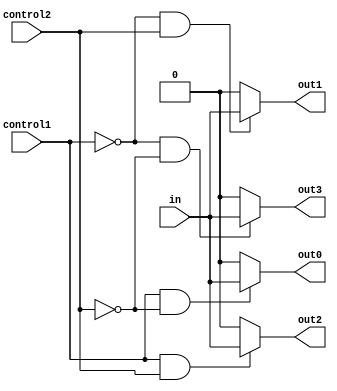
module demultiplexer(input in, input control1, control2, output out0, out1, out2, out3);

assign out0 = (control1 & ~control2) ? in : 1'b0;
assign out1 = (~control1 & control2) ? in : 1'b0;
assign out2 = (control1 & control2) ? in : 1'b0;
assign out3 = (~control1 & ~control2) ? in : 1'b0;

endmodule